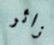
زائر